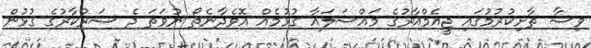
ވިސާ ތާށިކުރުމުގައި ޖީއެމްއާރުގެ މައްސަލައާ ގުޅުމެއް އޮވެދާނެތޯ ނުވަތަ ދެ ސަރުކާރުގެ ގުޅުން